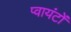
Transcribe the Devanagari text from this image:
प्वायंटों